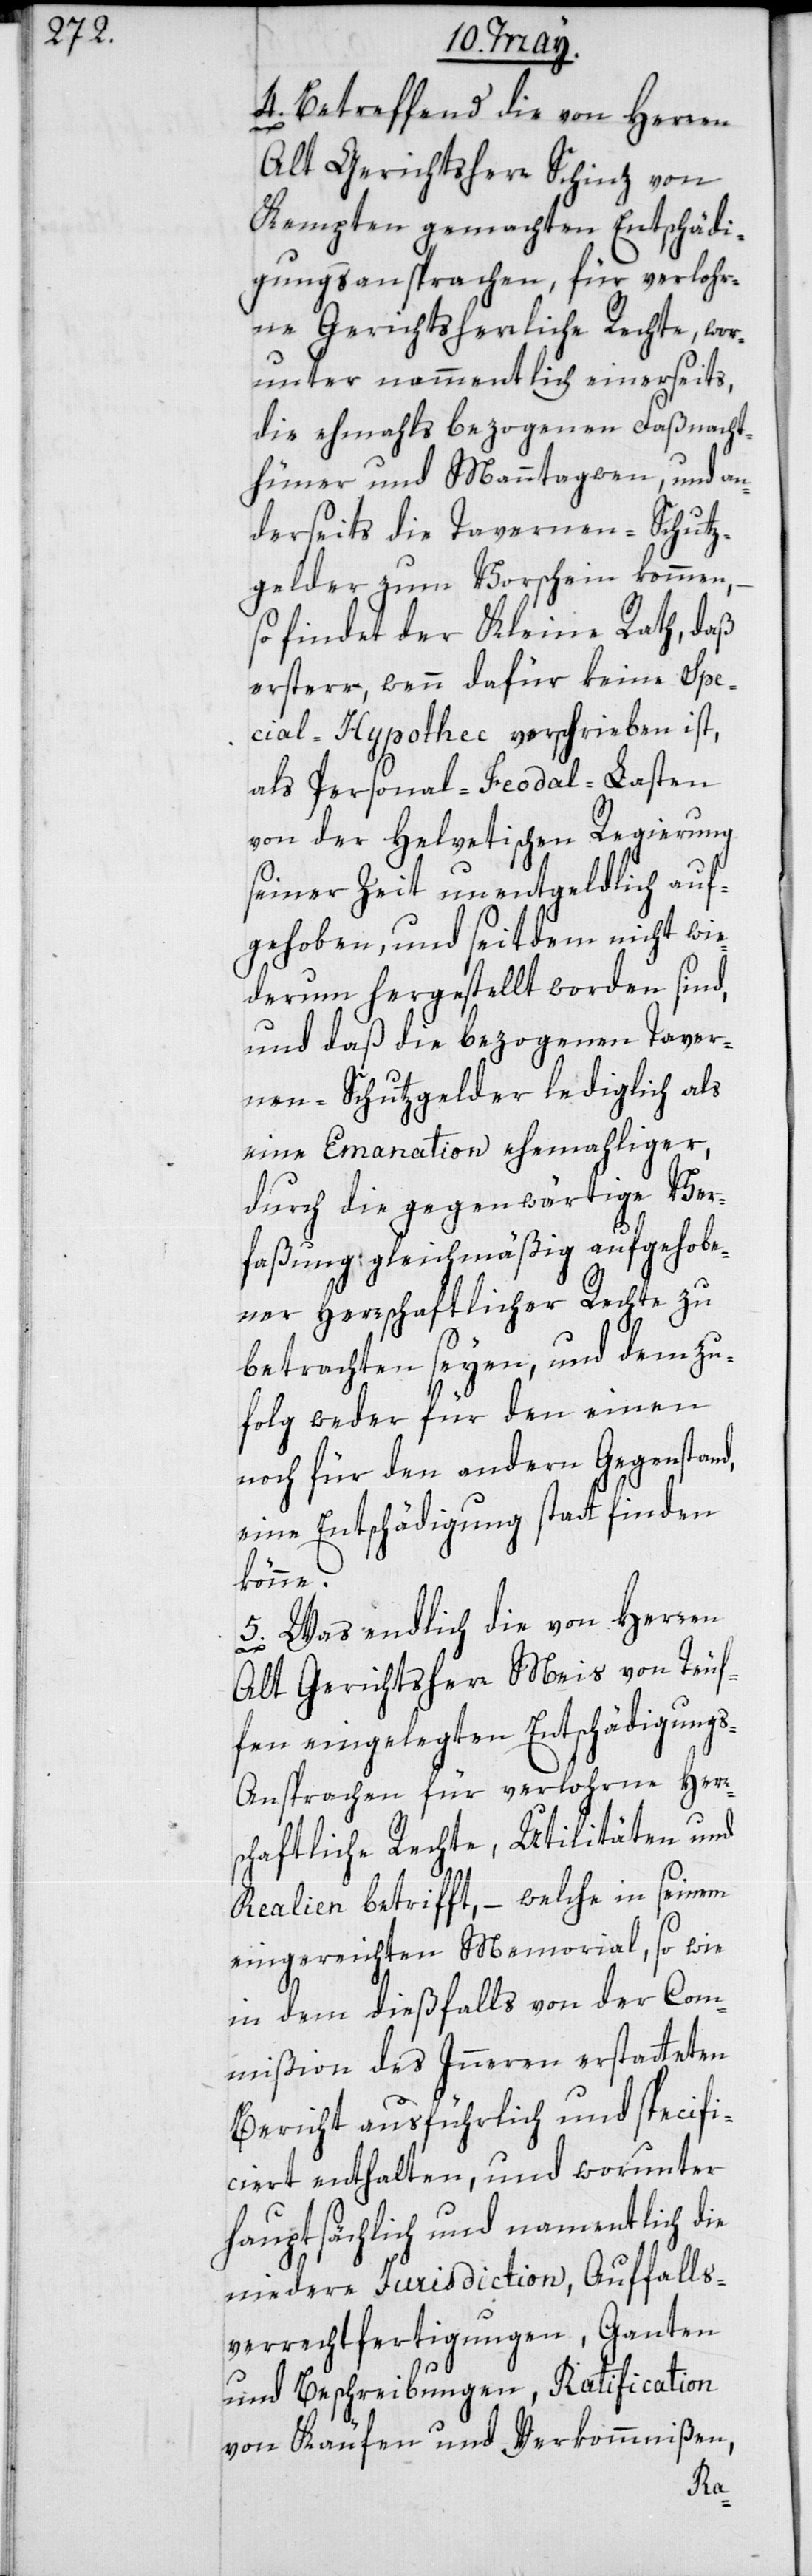
4. Betreffend die von Herren
Alt Gerichtsherr Schinz von
Kempten gemachten Entschädi¬
gungsansprachen, für verlohr¬
ne Gerichtsherrliche Rechte, wor¬
unter namentlich einerseits,
die ehemals bezogenen Fasnacht¬
hühner und Manntagwen, und an¬
derseits die Tavernen-Schutz¬
gelder zum Vorschein kommen,
so findet der Kleine Rath daß
erstere, wenn dafür keine Spe¬
cial-Hypothec verschrieben ist,
als Personal-Feudal-Lasten
von der helvetischen Regierung
seiner Zeit unentgeldlich auf¬
gehoben, und seitdem nicht wie¬
derum hergestellt worden sind,
und daß die bezogenen Taver¬
nen-Schutzgelder lediglich als
eine Emanation ehemaliger,
durch die gegenwärtige Ver¬
faßung, gleichmäßig aufgehobe¬
ner herrschaftlicher Rechte zu
betrachten seyen, und demzu¬
folg weder für den einen
noch für den andern Gegenstand,
eine Entschädigung stattfinden
könne.
5. Was endlich die von Herren
Alt Gerichtsherr Meis von Teuf¬
fen eingelegten Entschädigung¬
s-Ansprachen für verlohrne Herr¬
schaftliche Rechte, Utilitäten und
Realien betrifft, – welche in seinem
eingereichten Memorial, sowie
in dem dießfalls von der Com¬
mißion des Innern erstatteten
Bericht ausführlich und specifi¬
ciert enthalten, und worunter
hauptsächlich und namentlich die
niedere Jurisdiction, Auffalls¬
verrechtfertigungen, Ganten
und Beschreibungen, Ratification
von Käufen und Verkommnißen,